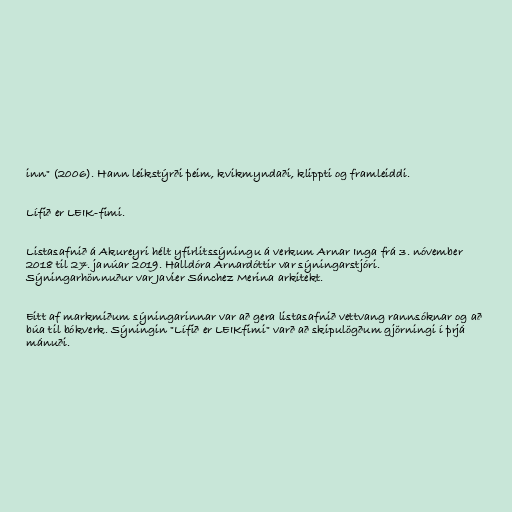
inn" (2006). Hann leikstýrði þeim, kvikmyndaði, klippti og framleiddi.

Lífið er LEIK-fimi.

Listasafnið á Akureyri hélt yfirlitssýningu á verkum Arnar Inga frá 3. nóvember
2018 til 27. janúar 2019. Halldóra Arnardóttir var sýningarstjóri.
Sýningarhönnuður var Javier Sánchez Merina arkitekt.

Eitt af markmiðum sýningarinnar var að gera listasafnið vettvang rannsóknar og að
búa til bókverk. Sýningin "Lífið er LEIKfimi" varð að skipulögðum gjörningi í þrjá
mánuði.